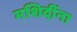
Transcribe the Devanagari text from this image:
मशिदींना